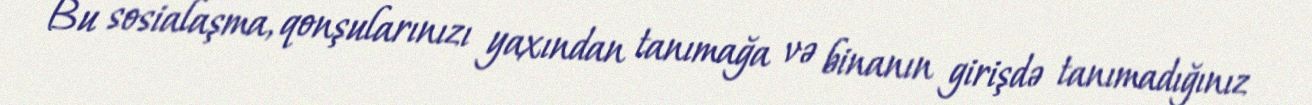
Bu sosialaşma, qonşularınızı yaxından tanımağa və binanın girişdə tanımadığınız